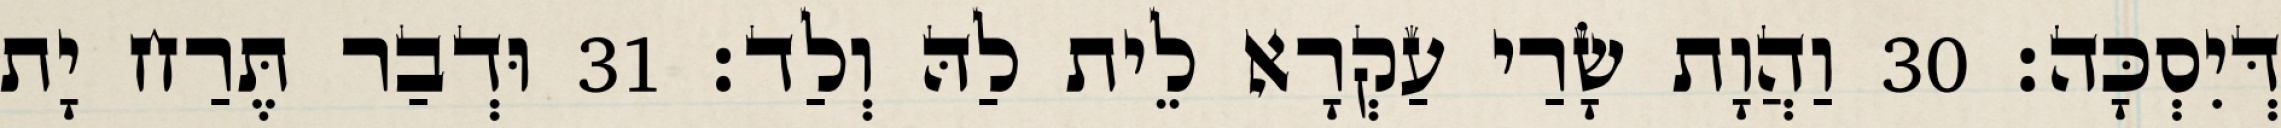
דְּיִסְכָּה׃ 30 וַהֲוָת שָׂרַי עַקְרָא לֵית לַהּ וְלַד׃ 31 וּדְבַר תֶּרַח יָת